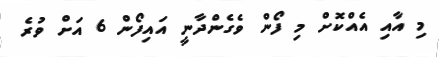
މި އާއި އެއްކޮށް މި ފޯން ވެގެންދާނީ އަައިފޯން 6 އަށް ވުރެ